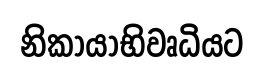
නිකායාභිවෘධියට